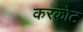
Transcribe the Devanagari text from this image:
करकोट